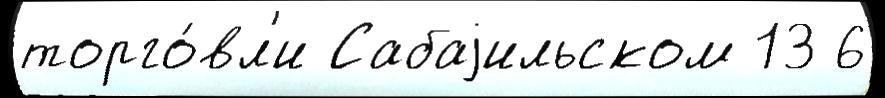
торго́вл'и Сабаjильском 13 6